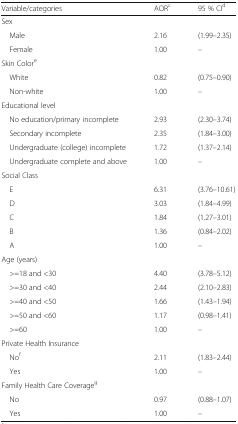
| Variable/categories | AORc | 95 % CId |
 | --- | --- | --- |
 | <COLSPAN=3> Sex |
 | Male | 2.16 | (1.99–2.35) |
 | Female | 1.00 | – |
 | <COLSPAN=3> Skin Colore |
 | White | 0.82 | (0.75–0.90) |
 | Non-white | 1.00 | – |
 | <COLSPAN=3> Educational level |
 | No education/primary incomplete | 2.93 | (2.30–3.74) |
 | Secondary incomplete | 2.35 | (1.84–3.00) |
 | Undergraduate (college) incomplete | 1.72 | (1.37–2.14) |
 | Undergraduate complete and above | 1.00 | – |
 | <COLSPAN=3> Social Class |
 | E | 6.31 | (3.76–10.61) |
 | D | 3.03 | (1.84–4.99) |
 | C | 1.84 | (1.27–3.01) |
 | B | 1.36 | (0.84–2.02) |
 | A | 1.00 | – |
 | <COLSPAN=3> Age (years) |
 | >=18 and <30 | 4.40 | (3.78–5.12) |
 | >=30 and <40 | 2.44 | (2.10–2.83) |
 | >=40 and <50 | 1.66 | (1.43–1.94) |
 | >=50 and <60 | 1.17 | (0.98–1.41) |
 | >=60 | 1.00 | – |
 | <COLSPAN=3> Private Health Insurance |
 | Nof | 2.11 | (1.83–2.44) |
 | Yes | 1.00 | – |
 | <COLSPAN=3> Family Health Care Coverageg |
 | No | 0.97 | (0.88–1.07) |
 | Yes | 1.00 | – |